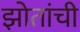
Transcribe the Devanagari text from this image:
झोतांची